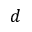
d